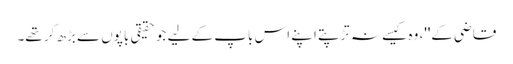
قاضی کے''، وہ کیسے نہ تڑپتے اپنے اس باپ کے لیے جو حقیقی باپوں سے بڑھ کر تھے۔